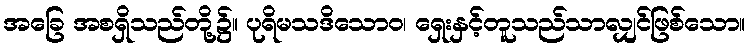
အခြေ အစရှိသည်တို့၌။ ပုရိမသဒိသောဝ၊ ရှေးနှင့်တူသည်သာလျှင်ဖြစ်သော။